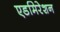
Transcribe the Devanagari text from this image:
एडमिरेशन